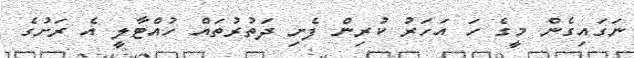
ނަގައިގެން މީގެ ހަ އަހަރު ކުރިން ފެށި ދަތުރުތައް ހުއްޓާލީ އެ ރަށުގެ